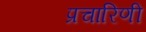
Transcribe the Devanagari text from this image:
प्रचारिणी